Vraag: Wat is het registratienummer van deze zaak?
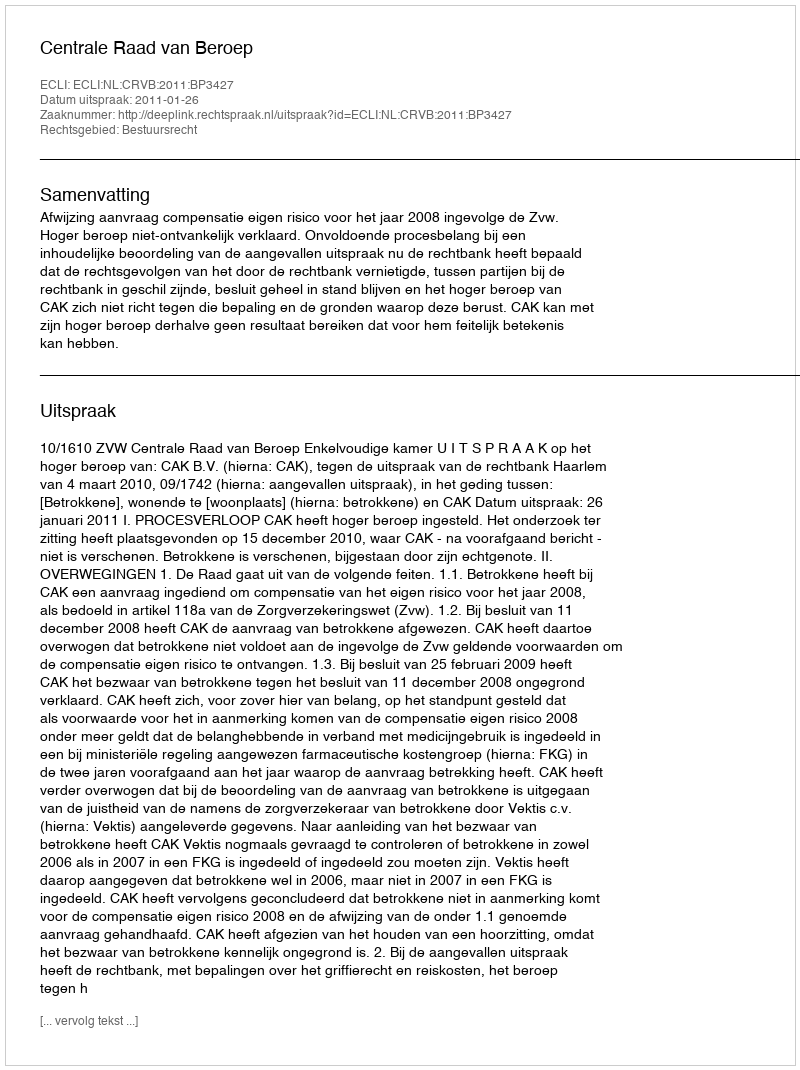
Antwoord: http://deeplink.rechtspraak.nl/uitspraak?id=ECLI:NL:CRVB:2011:BP3427